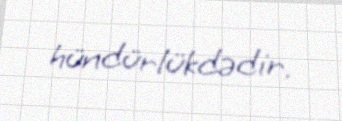
hündürlükdədir.